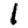
Digit: 1